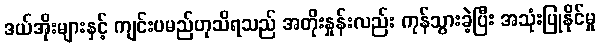
ဒယ်အိုးများနှင့် ကျင်းပမည်ဟုသိရသည် အတိုးနှုန်းလည်း ကုန်သွားခဲ့ပြီး အသုံးပြုနိုင်မှု